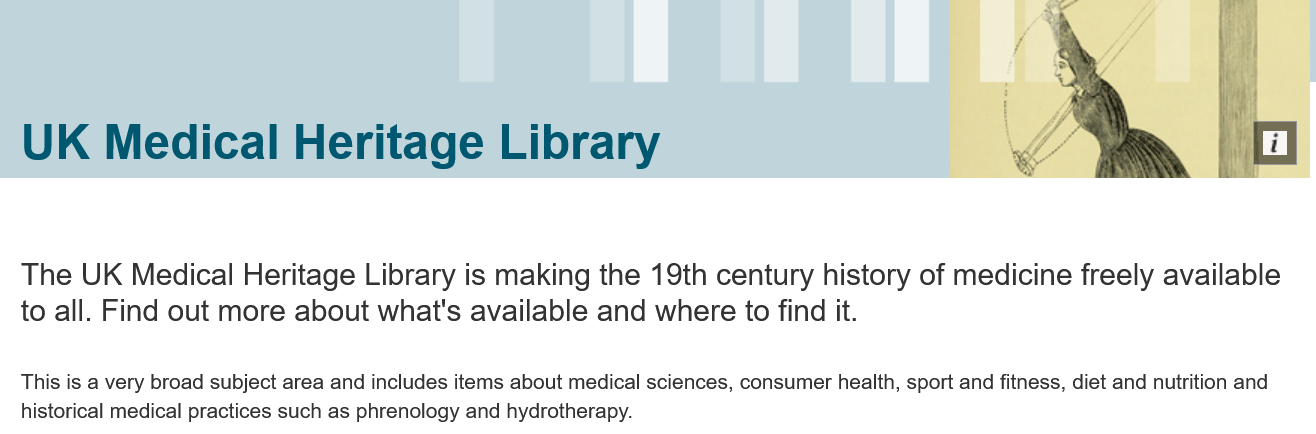
UK    Medical    Heritage    Library
  The   UK   Medical   Heritage   Library  is making   the  19th  century   history  of medicine   freely  available
  to  all. Find out  more  about   what's   available  and  where to    find it.
  This is a very broad subject area and includes items about medical sciences, consumer health, sport and fitness, diet and nutrition and
   historical medical practices such as phrenology and hydrotherapy.